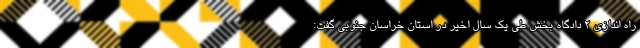
راه اندازی ۲ دادگاه بخش طی یک سال اخیر در استان خراسان جنوبی گفت: